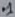
Text: .1